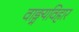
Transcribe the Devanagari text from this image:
वाङ्मयविहार